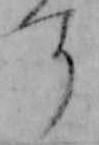
す